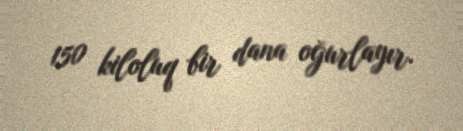
150 kiloluq bir dana oğurlayır.